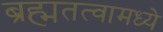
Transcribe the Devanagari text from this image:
ब्रह्मतत्वामध्ये